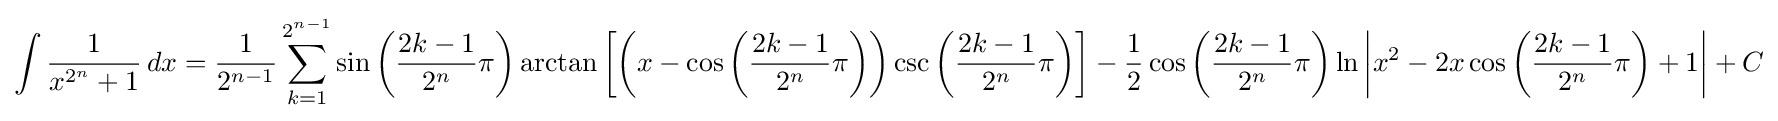
\int {\frac {1}{x^{2^{n}}+1}}\,dx={\frac {1}{2^{n-1}}}\sum _{k=1}^{2^{n-1}}\sin \left({\frac {2k-1}{2^{n}}}\pi \right)\arctan \left[\left(x-\cos \left({\frac {2k-1}{2^{n}}}\pi \right)\right)\csc \left({\frac {2k-1}{2^{n}}}\pi \right)\right]-{\frac {1}{2}}\cos \left({\frac {2k-1}{2^{n}}}\pi \right)\ln \left|x^{2}-2x\cos \left({\frac {2k-1}{2^{n}}}\pi \right)+1\right|+C